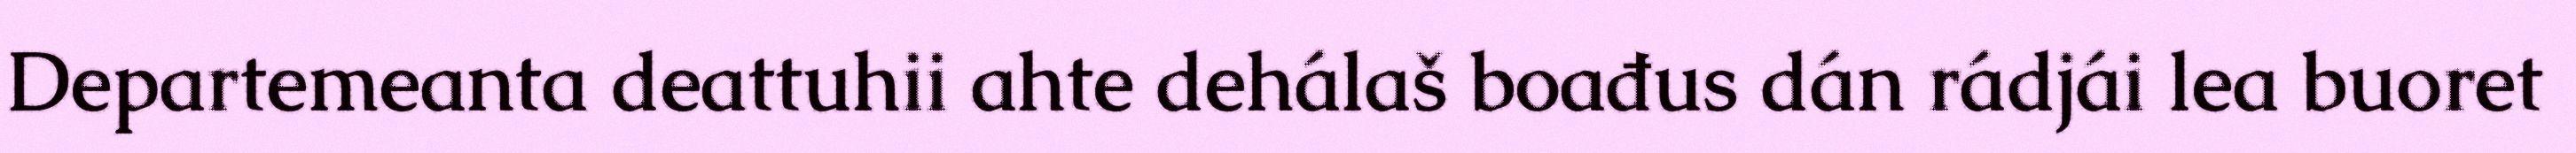
Departemeanta deattuhii ahte dehálaš boađus dán rádjái lea buoret